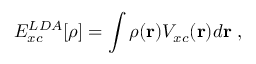
E _ { x c } ^ { L D A } [ \rho ] = \int \rho ( { \bf r } ) V _ { x c } ( { \bf r } ) d { \bf r } \; ,